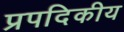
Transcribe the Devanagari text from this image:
प्रपदिकीय